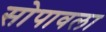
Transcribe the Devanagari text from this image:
सोपावला